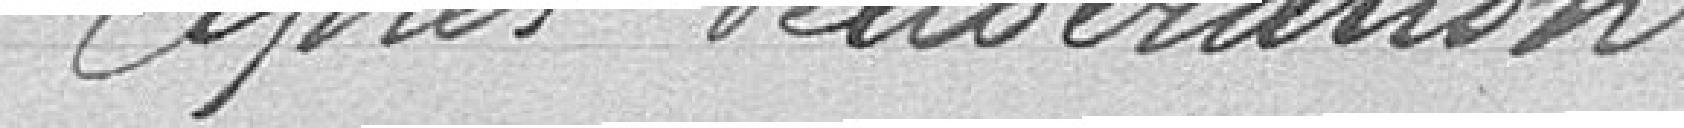
Après délibération :